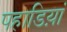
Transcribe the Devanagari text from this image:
पहाडिय़ां